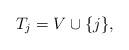
LaTeX: \begin{align*}T_j = V \cup \{j\},\end{align*}